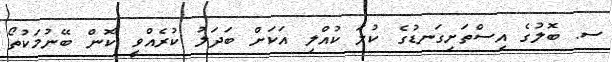
ސ. ބޮލުގެ އިސްތަށިގަނޑުގެ ކުލަ ކުއްލި އަކަށް ބަދަލު ކުރެއްވީ ކޮން ބޭނުމަކުތޯ